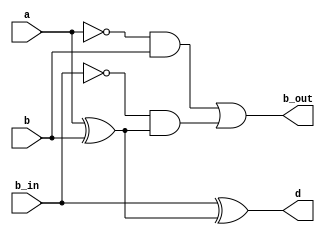
`timescale 1ns / 1ps

module full_substractor(a,b,b_in,d,b_out);
input a,b,b_in;
output d,b_out;
reg d,b_out;
always @(*)
    begin
        d = b_in ^ (a^b);
        b_out = (((~a) & b) | ((~b_in) & (a^b)) );
    end

endmodule